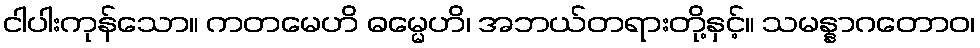
ငါပါးကုန်သော။ ကတမေဟိ ဓမ္မေဟိ၊ အဘယ်တရားတို့နှင့်။ သမန္နာဂတောဝ၊